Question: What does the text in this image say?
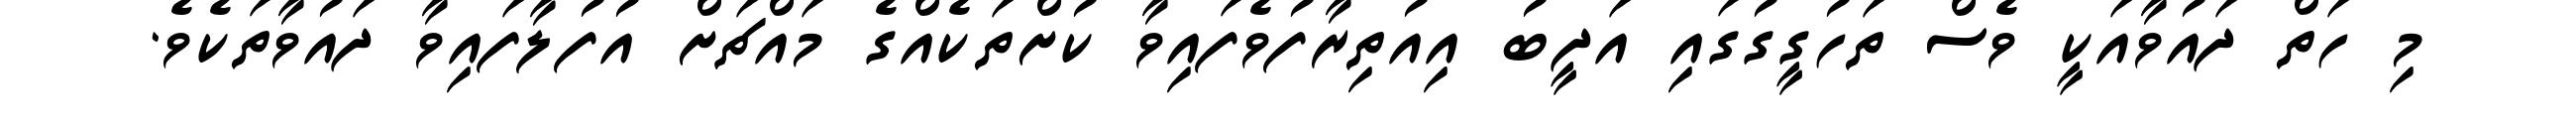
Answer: މި ހަތް ދައުވާއަކީ ވެސް ތަހުގީގުގައި އަދީބު އިއުތިރާފުވެފައިވާ ކުށްތަކެއްގެ މައްޗަށް އުފުލާފައިވާ ދައުވާތަކެވެ.